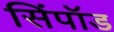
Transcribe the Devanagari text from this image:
सिंपॉड